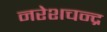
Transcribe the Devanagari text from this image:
नरेशचन्द्र